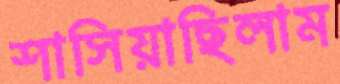
শাসিয়াছিলাম